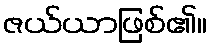
ဇယ်ယာဖြစ်၏။